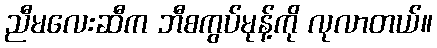
ညီမလေးဆီက ဘီစကွပ်မုန့်ကို လုလာတယ်။